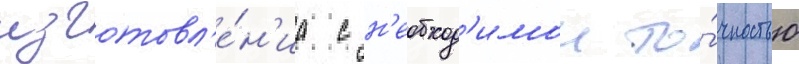
изготовл'е́н'иа с н'еобход'имои то́чностью